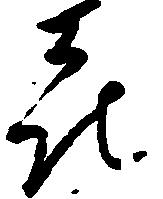
喜